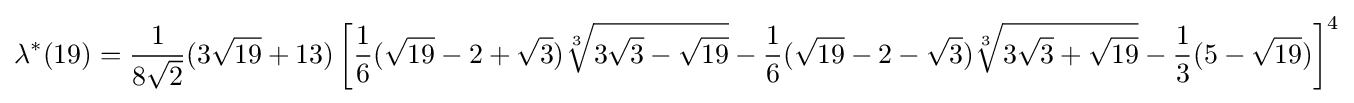
\lambda ^{*}(19)={\frac {1}{8{\sqrt {2}}}}(3{\sqrt {19}}+13)\left[{\frac {1}{6}}({\sqrt {19}}-2+{\sqrt {3}}){\sqrt[{3}]{3{\sqrt {3}}-{\sqrt {19}}}}-{\frac {1}{6}}({\sqrt {19}}-2-{\sqrt {3}}){\sqrt[{3}]{3{\sqrt {3}}+{\sqrt {19}}}}-{\frac {1}{3}}(5-{\sqrt {19}})\right]^{4}